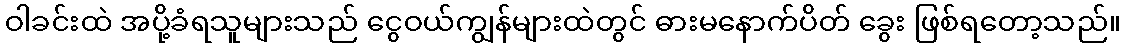
ဝါခင်းထဲ အပို့ခံရသူများသည် ငွေဝယ်ကျွန်များထဲတွင် ဓားမနောက်ပိတ် ခွေး ဖြစ်ရတော့သည်။